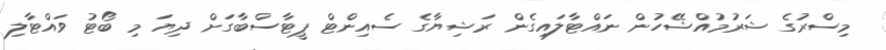
މިސްރުގެ ޝަރުމުއްޝޭހުން ނައްޓާލައިގެން ރަޝިޔާގެ ސެއިންޓް ޕީޓާސްބާގަށް ދިޔަ މި ބޯޓު ވައްޓާލި